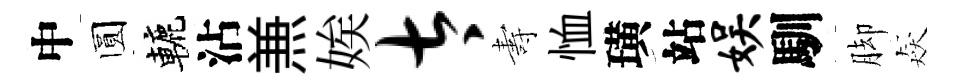
中圆轆沾𠔥娭太夀恤璜站娱馴脚猋